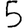
Digit: 5